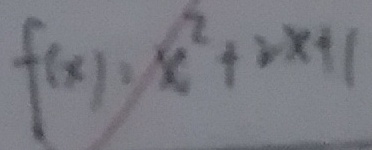
f ( x ) = x ^ { 2 } + 2 x + 1